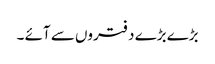
بڑے بڑے دفتروں سے آئے ۔